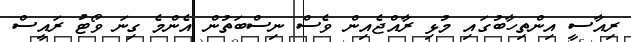
ރިއާސީ އިންތިހާބުގައި މުޅި ރާއްޖެއިން ވެސް ނިސްބަތުން އެންމެ ގިނަ ވޯޓު ރައީސް